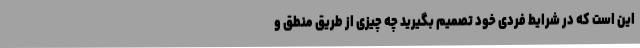
این است که در شرایط فردی خود تصمیم بگیرید چه چیزی از طریق منطق و